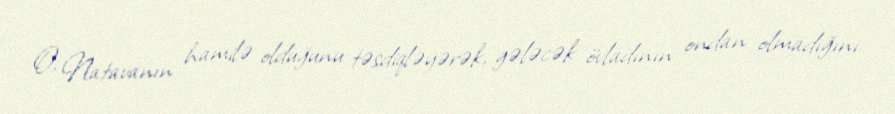
O, Natavanın hamilə olduğunu təsdiqləyərək, gələcək övladının ondan olmadığını